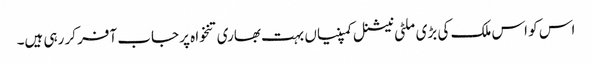
اس کو اس ملک کی بڑی ملٹی نیشنل کمپنیاں بہت بھاری تنخواہ پر جاب آفر کر رہی ہیں۔